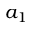
a _ { 1 }